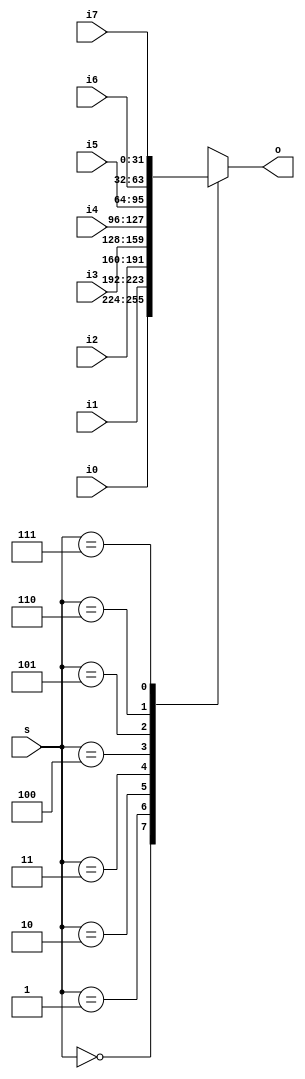
module Mux_8to1(i0, i1, i2, i3, i4, i5, i6, i7, s, o);
parameter N = 31;
input [N:0] i0;
input [N:0] i1;
input [N:0] i2;
input [N:0] i3;
input [N:0] i4;
input [N:0] i5;
input [N:0] i6;
input [N:0] i7;

input [2:0] s;
output reg [N:0] o;

always @ (i0 or i1 or i2 or i3 or i4 or i5 or i6 or i7 or s) begin
case (s)
3'b000 : o <= i0;
3'b001 : o <= i1;
3'b010 : o <= i2;
3'b011 : o <= i3;
3'b100 : o <= i4;
3'b101 : o <= i5;
3'b110 : o <= i6;
3'b111 : o <= i7;

endcase
end
endmodule